Vital statistics of India. Vol. IV, Annual returns from 1871 to 1876. British Army of India, Native Army and jails of Bengal
Year: 1871
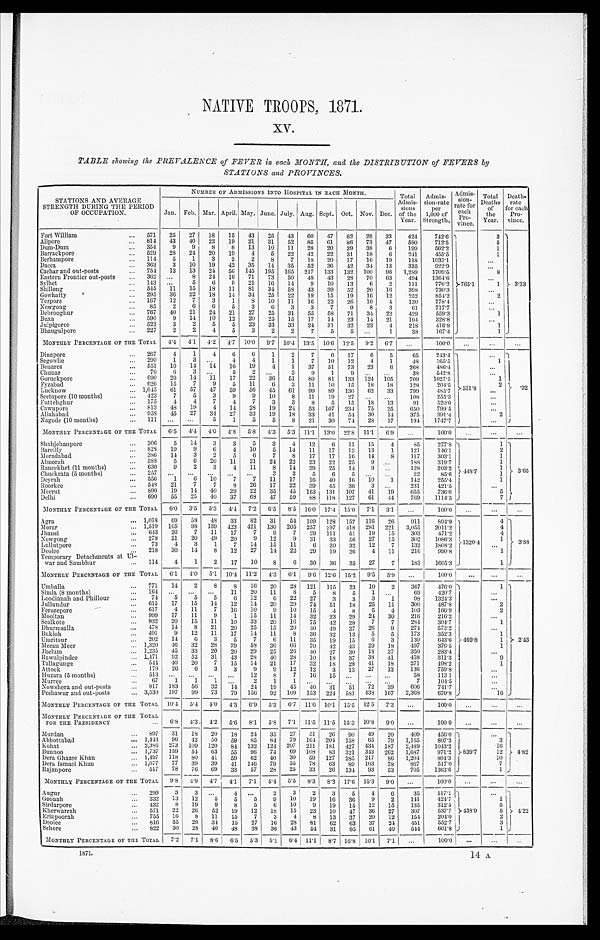
NATIVE TROOPS, 1871.
XV.
TABLE showing the PREVALENCE of FEVER in each MONTH, and the DISTRIBUTION of FEVERS by
STATIONS and PROVINCES.
STATIONS AND AVERAGE
STRENGTH DURING THE PERIOD
OF OCCUPATION.
NUMBER OF ADMISSION INTO HOSPITAL IN EACH MONTH.
Total
A s m i s s i o n s
o f t h e Y e a r .
Admission.
rate
per
1,000 of
Strength.
Ad mi s s i o n . r a t e f o r e a c h Pr o c i n c e .
Total
De
aaths f o r
the
Year.
Death
rate for
each
Pro-
vince.
Jan. Feb. Mar. April. May. June. July. Aug. Sept. Oct. Nov. Dec. of
Fort William
...
571
25
27
18
15
43
25
43
60
47
62
26
33
424
742.6
765.1
3
3.33
Alipore
...
814
43
40
22
19
21
31
52
85
61
8 6
73
47
580
712.5
5
Dum-Dum
...
354
9
9
8
8
13
10
11
28
20
39
38
6
199
562.2
1
Barrackpore
...
529
28
24
20
19
4
5
22
42
22
31
18
6
241
455.5
1
Berhampore
...
114
5
1
3
2
2
8
7
18
20
17
16
19
118
1035.1
. . .
Dacca
...
363
3
10
19
42
35
14
35
52
36
42
34
13
335
922.9
. . .
Cachar and out-posts
...
754
13
13
24
56
145
195
165
217
133
132
100
96
1,289
1709.5
8
Eastern Frontier out-posts
...
362
...
8
24
16
71
73
50
48
43
28
70
63
494
1364.6
. . .
Sylhet
...
143
...
5
6
9
21
16
14
9
10
13
6
2
1 1 1
776.2
1
Shillong
...
545
11
15
18
11
81
34
58
43
39
52
20
16
398
730.3
. . .
Gowhatty
...
295
36
22
18
14
34
25
22
19
15
19
16
12
252
854.2
2
Tezpore
...
167
12
7
3
1
8
10
11
16
22
26
10
4
130
778.4
. . .
Nowgong
...
8 5
2
6
6
5
3
6 3
3
7
9
8
3
6 1
717.7
. . .
Debrooghur
...
767
40
21
24
21
27
25
31
55
58
71
34
22
429
559.3
1
Buxa
...
590
9
14
10
12
20
25
15
17
14
23
14
21
194
328.8
...
Julpigoree
...
523
3
2 5
5
23
33
33
24
31
32
23
4
218
4 1 6 . 8
1
Bhaugulpore
...
227
2
2
4
5
3
2
2
7
5
5 ...
1
38
1 6 7 . 4
1
MONTHLY PERCENTAGE OF TIE TOTAL
4 .4
4.1
4.2
4.7 10.0
9.7 10.4 13 .5
10.6
12.5
9.2
6.7
...
100.0
...
..
. . .
Dinapore
...
267
4
1
4
6
6
1
2
7
6
17
6
5
65
243.4
531.8
. . .
. 9 2
Segowlie
...
290
1
3
. . .
4 4
1
1
7
10
12
4
1
4 8
165.5
1
Benares
...
551
10
14
14
16
19
4
1
37
51
73
23
6
268
486.4
...
Chunar
...
70
6
3
. . . 5
2
... 3
9
1
9
...
. . .
38
542.8
. . .
Goruckpore
...
690
26
14
11
17
22
36
51
89
8 1
133
124 105
709
1027.5
1
Fyzabad
...
626
15
7
9
5
11
6
3
11
10
15
18
18
128
204.5
2
Lucknow
... 1,645
61
57
47
59
56
45
61
99
89
130
62
33
799
4 8 5 . 7
. . .
Seetapore (10 months)
...
423
7
5
3
9
9
10
8
11
19
27
. . .
. . .
108
255.3
. . .
Futtehghur
...
175
4
4
7
4 7
3
3
8
5
15
18
1 3
91
520.0
. . .
C a w n p o r e
...
813
48
19
4
14
28
19
24
53
107
234
75
25
650
799.5
. . .
Allahabad
...
958
45
27
34
27
33
19
18
33
41
54
30
14
375
391.4
2
Nagode (10 months)
...
111
. . .
...
5
1
5
5
8
21
30
74
28
17
194
1747.7
- MONTHLY PERCENTAGE OF THE TOTAL
6.5
4.4
4 . 0
4.8
5.8
4.3
5.3 11.1 13.0 22.8 11.1
6.9
...
100.0
...
. . .
. . .
Shahjehanpore
...
306
5
14
3
3
5
3
4
1 2
6
11
15
4
85
277.8 448. 7
1
3.65
Barcillv
...
828
19
9
6
4
10
5
14
11
17
12
13
1
121
146.1
2
Moradabad
...
386
14
3
2
5
6
7
8
17
17
16
14
8
117
303.1
1
Almorahs
...
588
5
6 20
11
21
24
22
23
22
25
9
. . .
188
3 1 9 . 7
1
Raneekhet (11 months)
...
630
9
2
3
4 11
8
14
29
25
14
9
. . .
128
203.2
1
Chuckrata (5 months)
...
2 5 7
. . .
...
. . .
...
. . .
3
3
5
6
5 ...
. . .
22
85.6
1
Deyrah
...
556
1
6
10
7
7
11
17
16
40
16
10
1
142
255.4
1
Roorkee
...
548
21
7
7
8
26
17
22
39
45
36
3
. . .
231
421.5
. . .
Meerut
...
890
19
14
40
29
22
35
45 153
131
107
41
19
655
736.0
5
Delhi
...
690
55
25
40
37
68
47
59
88
118
127
61
44
769
1114.5
7
MONTHLY PERCENTAGE OF THE TOTAL
6.0
3.5
5.3
4.4
7.2
6.5
8.5 16.0 17.4 15.0
7.1
3.1
...
100.0
...
...
...
Agra
... 1,018
69
58
48
33
82
31
54 109
128
157
116
26
911
894.9
1320.4
4
3.88
Morar
...
1,519
165
9 8 139
423 421
130
205
257
297
418
281
221
3,055
2011.2
4
Jhansi
...
643
20
7
11
17
7
9
7
29
111
51
19
15
303
471.2
4
Nowgong
...
278
21
20
49
20
9
12
9
31
33
56
27
15
302
1086.3
]
Lullutpore
...
73
4
3
1
7
14
15
11
6
20
32
12
7
132
1808.2
. . .
Deolee
...
218
30
14
8
12
27
14
22
29
19
26
4
11
216
990.8
1
Temporary Detachments at UI-
war and Sambhur
...
114
4
1
2
17
10
8
6
30
36
35
27
7
183
1605.3
1
MONTHLY PERCENTAGE OF THE TOTAL
6.1
4.0
5.1 10.4 11.2
4.3
6.1
9.6 12.6 15.2
9.5
5.9
...
100.0
...
...
Umballa
...
771
14
2
8
8
16
20
28
121
115
23
10
2
367
476.0
469.8
1
2 . 4 3
Simla (8 months)
...
1 6 4
. . .
. . .
. . .
11
20
11
8
5
8
5 1
. . .
69
420.7
. . .
Loodianah and Phillour
...
74
5
5
5
6
12
6 22
27
3
3
3
1
98
1324.3
. . .
Jullundur
...
615
17
15
14
12
14
20
29
74
51
18
25
11
300
4 8 7 . 8
2
Ferozepore
...
617
4
11
7
16
10
9
10
15
4
8
5
4
103
166.9
2
Mooltan
...
999
17
11
9
1
15
11
14
32
2 3
29
24
30
216
216.2
...
Sealkote
...
932
20
15
11
10
33
20
16
75
42
28
7
7
284
304.7
1
Dhurmsalla
...
478
14
8 21
20
25
15
20
4 0 49
27
26
9
274
573.2
. . .
Bukloh
...
4 9 1
9
12
11
17
14
11
8
36
32
13
5
5
173
352.3
1
Umritsur
...
202
1 4
6
3
5
7
6
11
35
19
15
6
3
130
6 4 3 . 6
1
Meean Meer
... 1,320
46
32
28
29
58
36
66
70
42
43
29
18
497
376.5
1
Jhelum
... 1,235
45
33
20
20
29
25
26
40
27
30
18
37
350
283.4
. . .
Rawulpindee
... 1,471
92
52
31
4 3 28
40
28
10
18
37
38
41
458
311.3
9
Tallagunge
...
544
40
20
7
15
14
21
17
32
18
28
41
18
271
4 9 8 . 2
1
Attock
...
179
26
6
3
3
9
9
12
12
3
13
27
13
136
759.8
. . .
Huzara (5 months)
...
5 1 3
. . .
...
. . .
... 12
8
7
16
15
...
. . .
. . .
58
1 1 3 1
. . .
Murree
...
6 7
1
1
1
...
2
1
1 ...
...
. . .
. . .
. . .
7
104.5
. . .
Nowshera and out-posts
...
817
183
56
32
14
24
19
45
40
31
51
72
39
606
741.7
. . .
Peshawur and out-posts
... 3,530 197
99
73
79
156
92
109
153
224
581
438
167
2,368
6 7 0 . 8
16
MONTHLY PERCENTAGE OF THE TOTAL
10.4
5.4
4.0
4 . 3
6.9
5.3
6.7 11.6 10.1 15.5
12.5
7.3
. . .
100.0 ...
. . .
...
MONTHLY PERCENTAGE OF THE TOTAL
FOR THE PRESIDENCY
. . .
6 . 8 4.3
4.2
5.6
8.1
5.8
7.1 11.5
1 1 . 5
15.3 10.8
9.0
...
1 0 0 . 0 . . .
. . .
. . .
Murdan
...
897
31
18
20
18
24
35
27
51
26
90 49
20
409
456.0
839.7
. . .
4.82
Abbottabad
... 1443
96
42
50
59
85
84
79
164 204 158
65
79
1,165
807.3
3
Kohat
... 2,386 273
109
120
8 4 132 124 207 211 181 427 434 187
2,489
1043.2
16
Bunnoo
...
1,737
159
54
63
55
96
74
69
108
83
321
343
262
1,687
971.2
12
Dera Ghazee Khan
...
1,497
118
8 0 41
59
62
40
30
59
127
285
217
86
1,204
804.3
10
Dera Ismael Khan
...
1,677
77
39
39
41
146
79
35
78
63
89 103
78
867
517.0
7
Rajanpore
...
517
78
76
69
33
57
28
25
33
26
134
93
5 3
705
1363.6
1
MONTHLY PERCENTAGE OF THE TOTAL
9.8
4 . 9
4 . 7 4.1 7.1
5.4
5.5
8.3
8.3 17.6 15.3
9.0
... 100.0 ...
. . . ...
Augur
...
299
3
3
. . .
4
. . .
2
3
2
3
5
4
6
35
1 1 7 . 1
438.9
...
4.22
Goonah
...
332
13
12
5
5
5
9
10
19
16
36
9
2
141
424.7
1
Sirdarpore
...
432
8
19
9
8
5
6
10
9
19
15
12
15
135
312.5
5
Kherwarrah
...
571
22
26
52
19
12
18
15
23
10
47
36
27
307
537.7
5
Erinpoorah
. . . 755
16
8
11
15
7
3
4
8
13
37
20
12
154
2 0 4 . 0
2
Deolee
. . .
816
35
29
3 4
15
27
16
28
81
62
63
37
24
451
552.7
3
Schore
...
822
30
28
40
48
38
36
4 3 51
31
95
61
40
544
661.8
1
MONTHLY PERCENTAGE OF THE TOTAL
7. 2
7.1
8.6
6.5
5.3
5.1
6. 4 11.1
8.7 16.8 10.1
7 . 1
. . .
100.0 ...
. . . ...
1871.
14 A